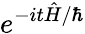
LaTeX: e^{-it{\hat{H}}/\hbar}